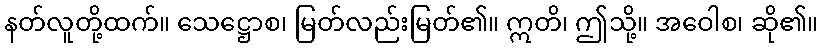
နတ်လူတို့ထက်။ သေဋ္ဌောစ၊ မြတ်လည်းမြတ်၏။ ဣတိ၊ ဤသို့။ အဝေါစ၊ ဆို၏။